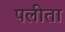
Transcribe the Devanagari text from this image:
पलीता